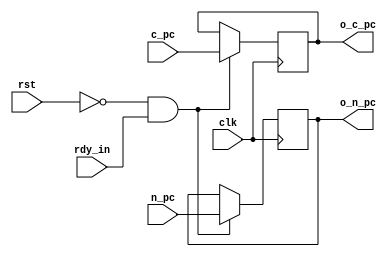
// transfer registers
// maintain information between different stages


// Instrction fetch \ Instruction decode
module if_id_transfer_reg #(parameter LEN = 32)
                           (input wire clk,           // input pc_update_signal, output o_pc_update_signal, 
                            input rst,
                            input rdy_in,
                            input [LEN-1:0] c_pc,
                            output [LEN-1:0] o_c_pc,
                            input [LEN-1:0] n_pc,
                            output [LEN-1:0] o_n_pc);
    // reg pc_update;
    reg [LEN-1:0] cur_pc;
    reg [LEN-1:0] new_pc;
    
    // assign o_pc_update_signal = pc_update ;
    assign o_c_pc                = cur_pc;
    assign o_n_pc                = new_pc;
    always @(posedge clk)begin
        if ((!rst)&&rdy_in) begin
            // pc_update <= pc_update_signal;
            cur_pc       <= c_pc;
            new_pc       <= n_pc;
        end
    end
    
endmodule
    
    
    // Instruction decode \ Execute
    module id_ex_transfer_reg #(parameter LEN = 32)(
        // clock
        input   wire clk,
        input rst,
        input rdy_in,
        // PC
        // signal
        // input wire pc_update_signal,
        // output o_pc_update_signal,
        // current pc
        input   [LEN-1:0]   c_pc,
        output  [LEN-1:0]   o_c_pc,
        // new pc
        input   [LEN-1:0]   n_pc,
        output  [LEN-1:0]   o_n_pc,
        
        // CONTROL
        // ex
        input   [2:0]       ex_stage_state,
        output  [2:0]       o_ex_stage_state,
        // mem
        input   [1:0]       branch_flag,
        output  [1:0]       o_branch_flag,
        input   [1:0]       mem_stage_state,
        output  [1:0]       o_mem_stage_state,
        // wb
        input   [1:0]       wb_stage_state,
        output  [1:0]       o_wb_stage_state,
        
        // OPERAND
        input   [LEN-1:0]   imm,
        output  [LEN-1:0]   o_imm,
        input   [LEN-1:0]   rs1,
        output  [LEN-1:0]   o_rs1,
        input   [LEN-1:0]   rs2,
        output  [LEN-1:0]   o_rs2,
        
        // OPCODE
        input   [3:0]       opcode,
        output  [3:0]       o_opcode,
        
        // RD
        input   [4:0]       rd,
        output  [4:0]       o_rd
        );
        
        // PC
        // reg pc_update;
        reg [LEN-1:0] cur_pc;
        reg [LEN-1:0] new_pc;
        
        // assign o_pc_update_signal = pc_update ;
        assign o_c_pc                = cur_pc;
        assign o_n_pc                = new_pc;
        always @(posedge clk)begin
            if ((!rst)&&rdy_in) begin
                // pc_update <= pc_update_signal;
                cur_pc       <= c_pc;
                new_pc       <= n_pc;
            end
        end
        
        // CONTROL
        // ex
        reg [2:0] cur_ex_stage_state;
        
        assign o_ex_stage_state = cur_ex_stage_state;
        always @(posedge clk)begin
            if ((!rst)&&rdy_in) begin
                cur_ex_stage_state <= ex_stage_state;
            end
        end
        // mem
        reg [1:0] cur_branch_flag;
        reg [1:0] cur_mem_stage_state;
        
        assign o_branch_flag     = cur_branch_flag;
        assign o_mem_stage_state = cur_mem_stage_state;
        always @(posedge clk)begin
            if ((!rst)&&rdy_in) begin
                cur_branch_flag = branch_flag;
                cur_mem_stage_state <= mem_stage_state;
            end
        end
        // wb
        reg [1:0] cur_wb_stage_state;
        
        assign o_wb_stage_state = cur_wb_stage_state;
        always @(posedge clk)begin
            if ((!rst)&&rdy_in) begin
                cur_wb_stage_state <= wb_stage_state;
            end
        end
        
        // OPERAND
        reg [LEN-1:0] cur_imm;
        reg [LEN-1:0] cur_rs1;
        reg [LEN-1:0] cur_rs2;
        
        assign o_imm = cur_imm;
        assign o_rs1 = cur_rs1;
        assign o_rs2 = cur_rs2;
        always @(posedge clk)begin
            if ((!rst)&&rdy_in) begin
                cur_imm <= imm;
                cur_rs1 <= rs1;
                cur_rs2 <= rs2;
            end
        end
        
        // OPCODE
        reg [3:0] cur_opcode;
        
        assign o_opcode = cur_opcode;
        always @(posedge clk) begin
            if ((!rst)&&rdy_in) begin
                cur_opcode <= opcode;
            end
        end
        
        // RD
        reg [LEN-1:0] cur_rd;
        
        assign o_rd = cur_rd;
        always @(posedge clk) begin
            if ((!rst)&&rdy_in) begin
                cur_rd <= rd;
            end
        end
    endmodule
        
        
        // Execute \ Memory visit
        module ex_mem_transfer_reg #(parameter LEN = 32)(
            // clock
            input   wire clk,
            input rst,
            input rdy_in,
            // PC
            // signal
            // input wire pc_update_signal,
            // output o_pc_update_signal,
            // current pc
            input   [LEN-1:0]   c_pc,
            output  [LEN-1:0]   o_c_pc,
            // new pc
            input   [LEN-1:0]   n_pc,
            output  [LEN-1:0]   o_n_pc,
            input   [LEN-1:0]   offset_pc,
            output  [LEN-1:0]   o_offset_pc,
            
            // CONTROL
            // mem
            input   [1:0]       branch_flag,
            output  [1:0]       o_branch_flag,
            input   [1:0]       mem_stage_state,
            output  [1:0]       o_mem_stage_state,
            // wb
            input   [1:0]       wb_stage_state,
            output  [1:0]       o_wb_stage_state,
            
            // ARITHMATIC
            input   [1:0]   sign_bits,
            output  [1:0]   o_sign_bits,
            input   [LEN-1:0]   result,
            output  [LEN-1:0]   o_result,
            input   [LEN-1:0]   rs2,
            output  [LEN-1:0]   o_rs2,
            
            // RD
            input   [4:0]       rd,
            output  [4:0]       o_rd
            );
            
            // PC
            // reg pc_update;
            reg [LEN-1:0] cur_pc;
            reg [LEN-1:0] new_pc;
            reg [LEN-1:0] cur_offset_pc;
            
            // assign o_pc_update_signal = pc_update ;
            assign o_c_pc                = cur_pc ;
            assign o_n_pc                = new_pc;
            assign o_offset_pc           = cur_offset_pc;
            
            always @(posedge clk)begin
                if ((!rst)&&rdy_in) begin
                    // pc_update  <= pc_update_signal;
                    cur_pc        <= c_pc;
                    new_pc        <= n_pc;
                    cur_offset_pc <= offset_pc;
                end
            end
            
            // CONTROL
            // mem
            reg [1:0] cur_branch_flag;
            reg [1:0] cur_mem_stage_state;
            
            assign o_branch_flag     = cur_branch_flag;
            assign o_mem_stage_state = cur_mem_stage_state;
            always @(posedge clk)begin
                if ((!rst)&&rdy_in) begin
                    cur_branch_flag = branch_flag;
                    cur_mem_stage_state <= mem_stage_state;
                end
            end
            // wb
            reg [1:0] cur_wb_stage_state;
            
            assign o_wb_stage_state = cur_wb_stage_state;
            always @(posedge clk)begin
                if ((!rst)&&rdy_in) begin
                    cur_wb_stage_state <= wb_stage_state;
                end
            end
            
            // ARITHMATIC
            reg [1:0] cur_sign_bits;
            reg [LEN-1:0] cur_result;
            reg [LEN-1:0] cur_rs2;
            
            assign o_sign_bits = cur_sign_bits;
            assign o_result    = cur_result;
            assign o_rs2       = cur_rs2;
            always @(posedge clk)begin
                if ((!rst)&&rdy_in) begin
                    cur_sign_bits <= sign_bits;
                    cur_result    <= result;;
                    cur_rs2       <= rs2;
                end
            end
            
            // RD
            reg [LEN-1:0] cur_rd;
            
            assign o_rd = cur_rd;
            always @(posedge clk) begin
                if ((!rst)&&rdy_in) begin
                    cur_rd <= rd;
                end
            end
        endmodule
            
            // Memory visit \ Write back
            module mem_wb_transfer_reg #(parameter LEN = 32)(
                // clock
                input   wire clk,
                input rst,
                input rdy_in,
                // PC
                // signal
                // input wire pc_update_signal,
                // output o_pc_update_signal,
                // current pc
                input   [LEN-1:0]   c_pc,
                output  [LEN-1:0]   o_c_pc,
                // new pc
                input   [LEN-1:0]   n_pc,
                output  [LEN-1:0]   o_n_pc,
                
                // CONTROL
                // wb
                input   [1:0]       wb_stage_state,
                output  [1:0]       o_wb_stage_state,
                
                // DATA
                input   [LEN-1:0]   result,
                output  [LEN-1:0]   o_result,
                input   [LEN-1:0]   mem_data,
                output  [LEN-1:0]   o_mem_data,
                
                // RD
                input   [4:0]       rd,
                output  [4:0]       o_rd
                );
                
                // PC
                // reg pc_update;
                reg [LEN-1:0] cur_pc;
                reg [LEN-1:0] new_pc;
                
                // assign o_pc_update_signal = pc_update ;
                assign o_c_pc                = cur_pc;
                assign o_n_pc                = new_pc;
                always @(posedge clk)begin
                    if ((!rst)&&rdy_in) begin
                        // pc_update <= pc_update_signal;
                        cur_pc       <= c_pc;
                        new_pc       <= n_pc;
                    end
                end
                
                // CONTROL
                // wb
                reg [1:0] cur_wb_stage_state;
                
                assign o_wb_stage_state = cur_wb_stage_state;
                always @(posedge clk)begin
                    if ((!rst)&&rdy_in) begin
                        cur_wb_stage_state <= wb_stage_state;
                    end
                end
                
                // DATA
                reg [LEN-1:0] cur_result;
                reg [LEN-1:0] cur_mem_data;
                
                assign o_result   = cur_result;
                assign o_mem_data = cur_mem_data;
                always @(posedge clk)begin
                    if ((!rst)&&rdy_in) begin
                        cur_result   <= result;
                        cur_mem_data <= mem_data;
                    end
                end
                
                // RD
                reg [LEN-1:0] cur_rd;
                
                assign o_rd = cur_rd;
                always @(posedge clk) begin
                    if ((!rst)&&rdy_in) begin
                        cur_rd <= rd;
                    end
                end
            endmodule